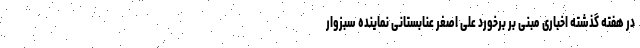
در هفته گذشته اخباری مبنی بر برخورد علی اصغر عنابستانی نماینده سبزوار